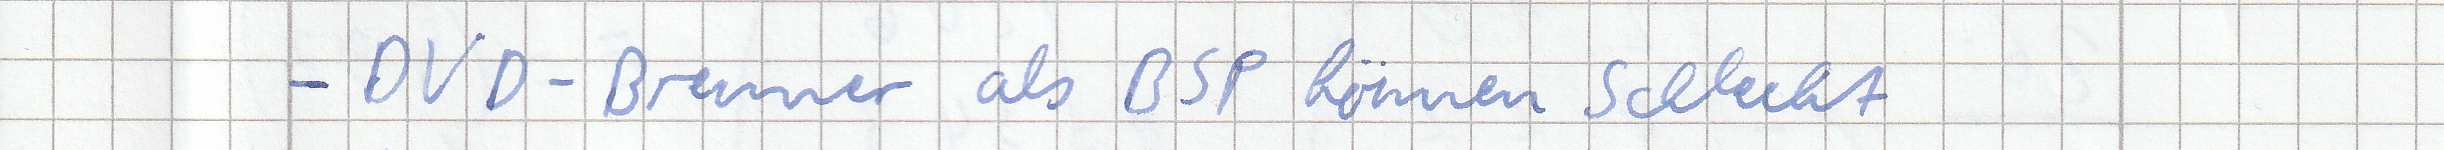
- DVD-Brenner als BSP können schlecht